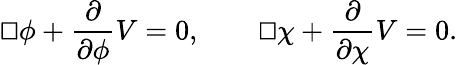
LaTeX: {\sqcup\! \! \! \! \sqcap}\phi+\frac{\partial}{\partial\phi}V=0,\qquad{\sqcup\! \! \! \! \sqcap}\chi+\frac{\partial}{\partial\chi}V=0.